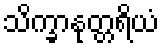
သိက္ခာနုတ္တရိယံ